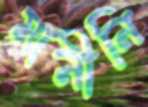
মানীনি